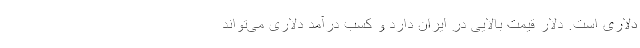
دلاری است. دلار قیمت بالایی در ایران دارد و کسب درآمد دلاری می‌تواند